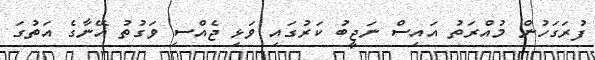
ފުރަގަހުން މުއްރަތު އައިސް ނަޖީބު ކަރުގައި ވަޅި ޖެއްސި ވަގުތު އޭނާގެ އަތުގަ